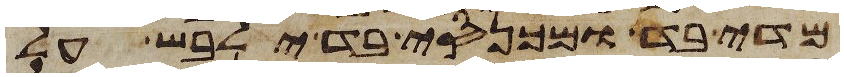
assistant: מדי בד ומכנסי בד ילבש על